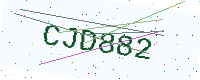
Text: CJD882